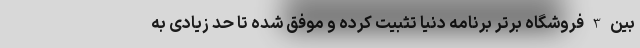
بین 3 فروشگاه برتر برنامه دنیا تثبیت کرده و موفق شده تا حد زیادی به